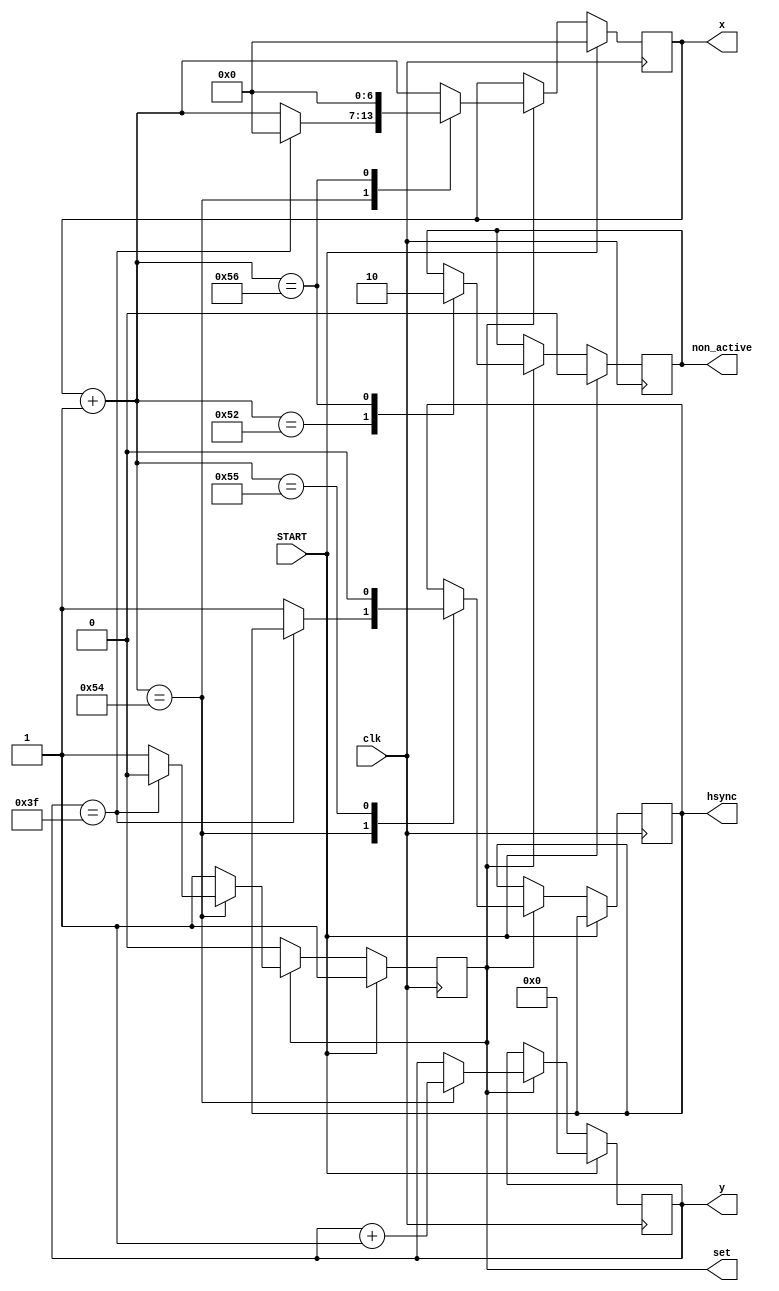
module HTPA_RAM_SCAN_stable(
	input wire clk,
	input wire START,
	output reg [6:0] x,
	output reg [5:0] y,
	output reg set,
	output reg hsync,
	output reg non_active
	);
		
always @(posedge clk) 
begin
	//
	if (START==1) begin
		x = 0;
		y <= 0;
		set<=1;
		non_active <=0;
	end
	//  
	else if (set == 1) begin
		//    
		x=x+1;
		case (x)
			82: non_active <=1;
			84: begin 
				if (y==63) begin //  
					set<=0;
					y<=0;
					x=0;
				end
				else
					hsync<=1;
					y <= y+1;
			end
			85: hsync<=0;
			86: begin 
				non_active <=0;
				x=0;
			end
		endcase;
	end
end
endmodule